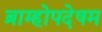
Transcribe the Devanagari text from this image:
ब्राम्होपदेषम